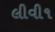
લીવી૧